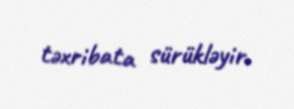
təxribata sürükləyir.